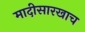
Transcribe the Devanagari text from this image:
मादीसारखाच